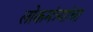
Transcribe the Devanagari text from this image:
लोकमंत्र्यांचा